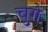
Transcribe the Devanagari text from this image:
चुगे